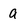
Character: a